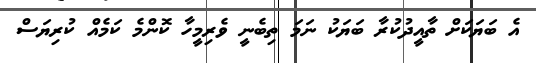
އެ ބަޔަކަށް ތާއީދުކުރާ ބަޔަކު ނަމަ ތިބެނީ ވެރިމީހާ ކޮންމެ ކަމެއް ކުރިޔަސް